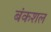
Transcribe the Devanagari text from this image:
बंकशल